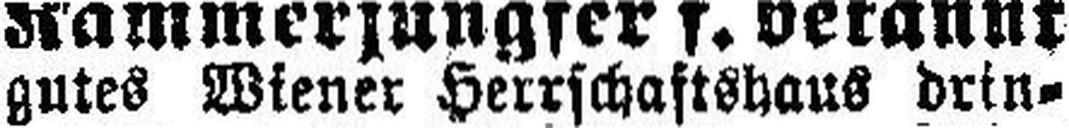
gutes Wiener Herrschaftshaus drin¬